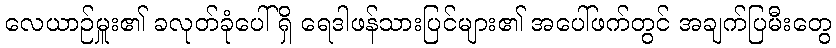
လေယာဉ်မှူး၏ ခလုတ်ခုံပေါ်ရှိ ရေဒါဖန်သားပြင်များ၏ အပေါ်ဖက်တွင် အချက်ပြမီးတွေ